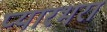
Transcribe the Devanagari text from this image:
प्यारभरा